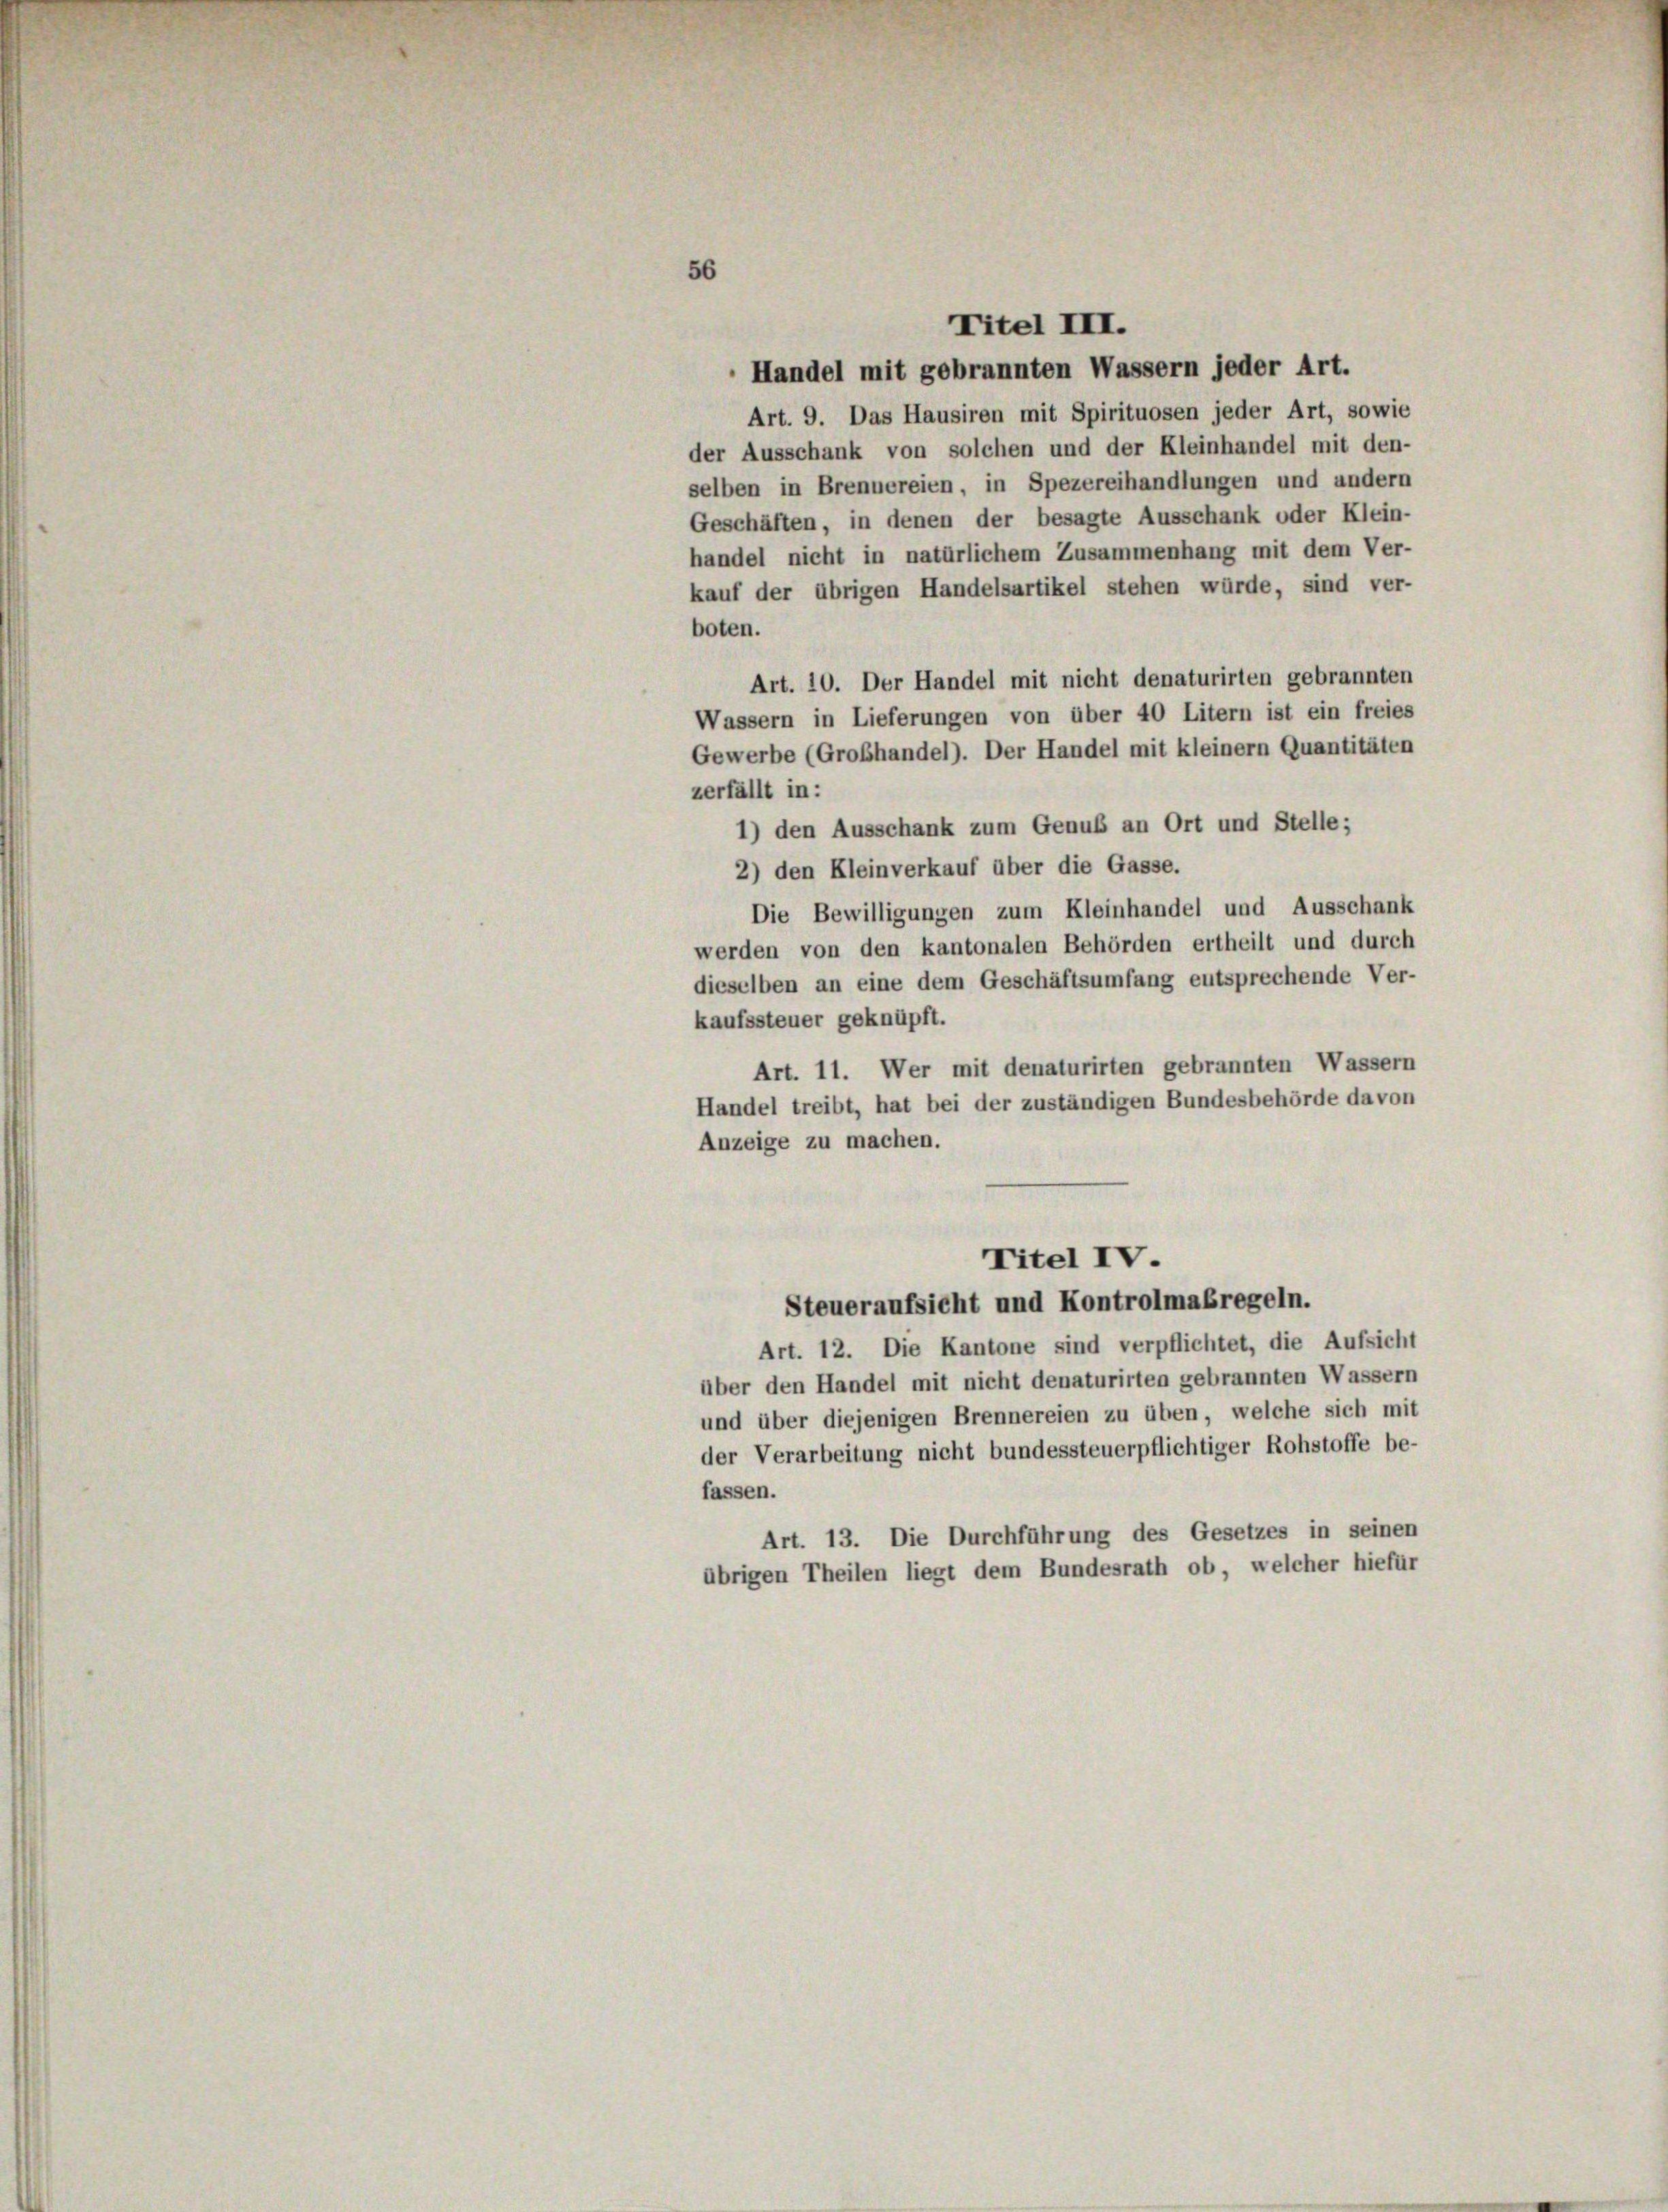
56

Titel III.
Handel mit gebrannten Wassern jeder Art.
Art. 9. Das Hausiren mit Spirituosen jeder Art, sowie
der Ausschank von solchen und der Kleinhandel mit den-
selben in Brennereien, in Spezereihandlungen und andern
Geschäften, in denen der besagte Ausschank oder Klein-
handel nicht in natürlichem Zusammenhang mit dem Ver-
kauf der übrigen Handelsartikel stehen würde, sind ver-
boten.
Art. 10. Der Handel mit nicht denaturirten gebrannten
Wassern in Lieferungen von über 40 Litern ist ein freies
Gewerbe (Grobhandel). Der Handel mit kleinem Quantitäten
zerfällt in:
1) den Ausschank zum Genuß an Ort und Stelle;
2) den Kleinverkauf über die Gasse.
Die Bewilligungen zum Kleinhandel und Ausschank
werden von den kantonalen Behörden ertheilt und durch
dieselben an eine dem Geschäftsumfang entsprechende Ver-
kaufssteuer geknüpft.
Art. 11. Wer mit denaturirten gebrannten Wassern
Handel treibt, hat bei der zuständigen Bundesbehörde davon
Anzeige zu machen.
Titel IV.
Steueraufsicht und Kontrolmaßregeln.
Art. 12. Die Kantone sind verpflichtet, die Aufsicht
über den Handel mit nicht denaturirten gebrannten Wassern
und über diejenigen Brennereien zu üben, welche sich mit
der Verarbeitung nicht bundessteuerpflichtiger Rohstoffe be-
fassen.
Art. 13. Die Durchführung des Gesetzes in seinen
übrigen Theilen liegt dem Bundesrath ob, welcher hiefür